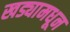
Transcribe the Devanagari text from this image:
खड्यामधून